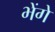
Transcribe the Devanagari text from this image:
भेंगे